Annual administration report of the Civil Veterinary Department of India - 1897-1898
Year: 1897
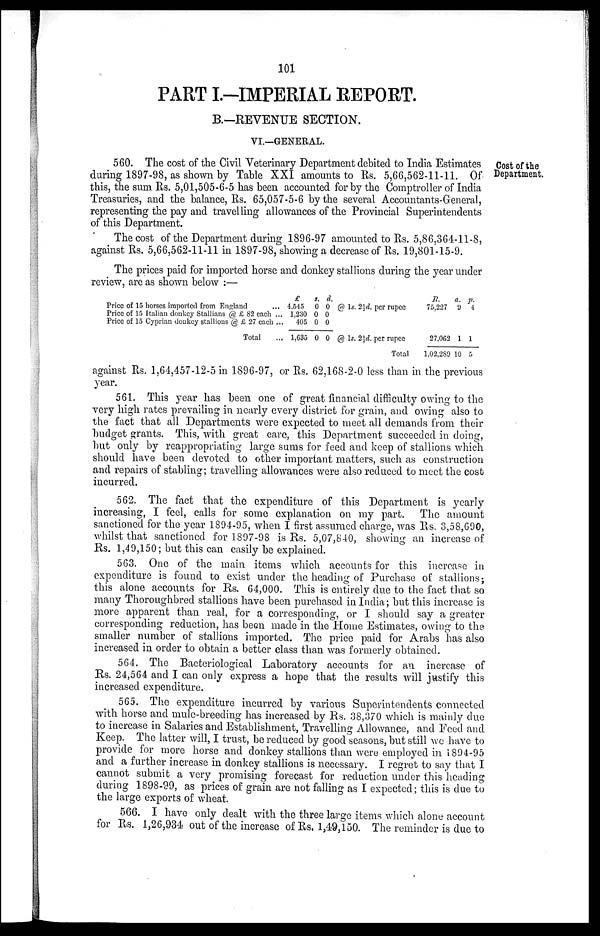
101
PART I.-IMPERIAL REPORT.
B.—REVENUE SECTION.
VI.—GENERAL.
Cost of the
Department.
560. The cost of the Civil Veterinary Department debited to India Estimates
during 1897-98, as shown by Table XXI amounts to Rs. 5,66,562-11-11. Of
this, the sum Rs. 5,01,505-6-5 has been accounted for by the Comptroller of India
Treasuries, and the balance, Rs. 65,057-5-6 by the several Accountants-General,
representing the pay and travelling allowances of the Provincial Superintendents
of this Department.
The cost of the Department during 1896-97 amounted to Rs. 5,86,364-11-8,
against Rs. 5,66,562-11-11 in 1897-98, showing a decrease of Rs. 19,801-15-9.
The prices paid for imported horse and donkey stallions during the year under
review, are as shown below :—
Price of 15 horses imported from England
Price of 15 Italian donkey Stallians @ £ 82 each ...
Price of 15 Cyprian donkey stallions @ £ 27 each ...
Total
£
4,545
1,230
405
1,635
s.
0
0
0
0
d.
0
0
0
0
@ 1s. 2½d. per rupee
@ 1s. 2½d. per rupee
Total
R.
75,227
27,062
1.02,289
a.
9
1
10
P.
4
1
5
against Rs, 1,64,457-12-5 in 1896-97, or Rs. 62,168-2-0 less than in the previous
year.
561. This year has been one of great financial difficulty owing to the
very high rates prevailing in nearly every district for grain, and owing also to
the fact that all Departments were expected to meet all demands from their
budget grants. This, with great care, this Department succeeded in doing,
but only by reappropriating large sums for feed and keep of stallions which
should have been devoted to other important matters, such as construction
and repairs of stabling; travelling allowances were also reduced to meet the cost
incurred.
562. The fact that the expenditure of this Department is yearly
increasing, I feel, calls for some explanation on my part. The amount
sanctioned for the year 1894-95, when I first assumed charge, was Rs. 3,58,690,
whilst that sanctioned for 1897-98 is Rs. 5,07,840, showing an increase of
Rs. 1,49,150; but this can easily be explained.
563. One of the main items which accounts for this increase in
expenditure is found to exist under the heading of Purchase of stallions;
this alone accounts for Rs. 64,000. This is entirely due to the fact that so
many Thoroughbred stallions have been purchased in India; but this increase is
more apparent than real, for a corresponding, or I should say a greater
corresponding reduction, has been made in the Home Estimates, owing to the
smaller number of stallions imported. The price paid for Arabs has also
increased in order to obtain a better class than was formerly obtained.
564. The Bacteriological Laboratory accounts for an increase of
Rs. 24,564 and I can only express a hope that the results will justify this
increased expenditure.
565. The expenditure incurred by various Superintendents connected
with horse and mule-breeding has increased by Rs. 38,370 which is mainly due
to increase in Salaries and Establishment, Travelling Allowance, and Feed and
Keep. The latter will, I trust, be reduced by good seasons, but still we have to
provide for more horse and donkey stallions than were employed in 1894-95
and a further increase in donkey stallions is necessary. I regret to say that I
cannot submit a very promising forecast for reduction under this heading
during 1898-99, as prices of grain are not falling as I expected; this is due to
the large exports of wheat.
566. I have only dealt with the three large items which alone account
for Rs. 1,26,934 out of the increase of Rs. 1,49,150. The reminder is due to